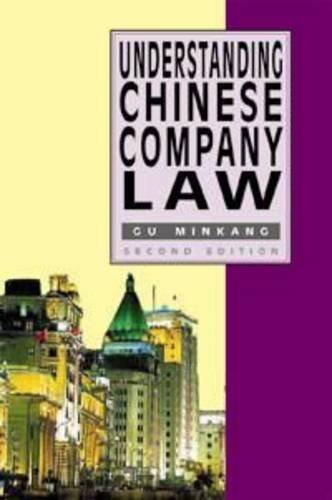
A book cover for Understanding Chinese Company Law (Hong Kong University Press Law Series); Minkang Gu; History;